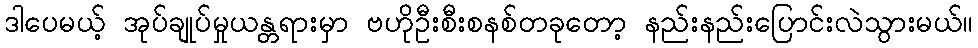
ဒါပေမယ့် အုပ်ချုပ်မှုယန္တရားမှာ ဗဟိုဦးစီးစနစ်တခုတော့ နည်းနည်းပြောင်းလဲသွားမယ်။